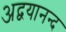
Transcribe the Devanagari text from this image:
अद्वयानन्द